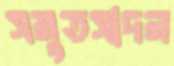
সমুতসাদন